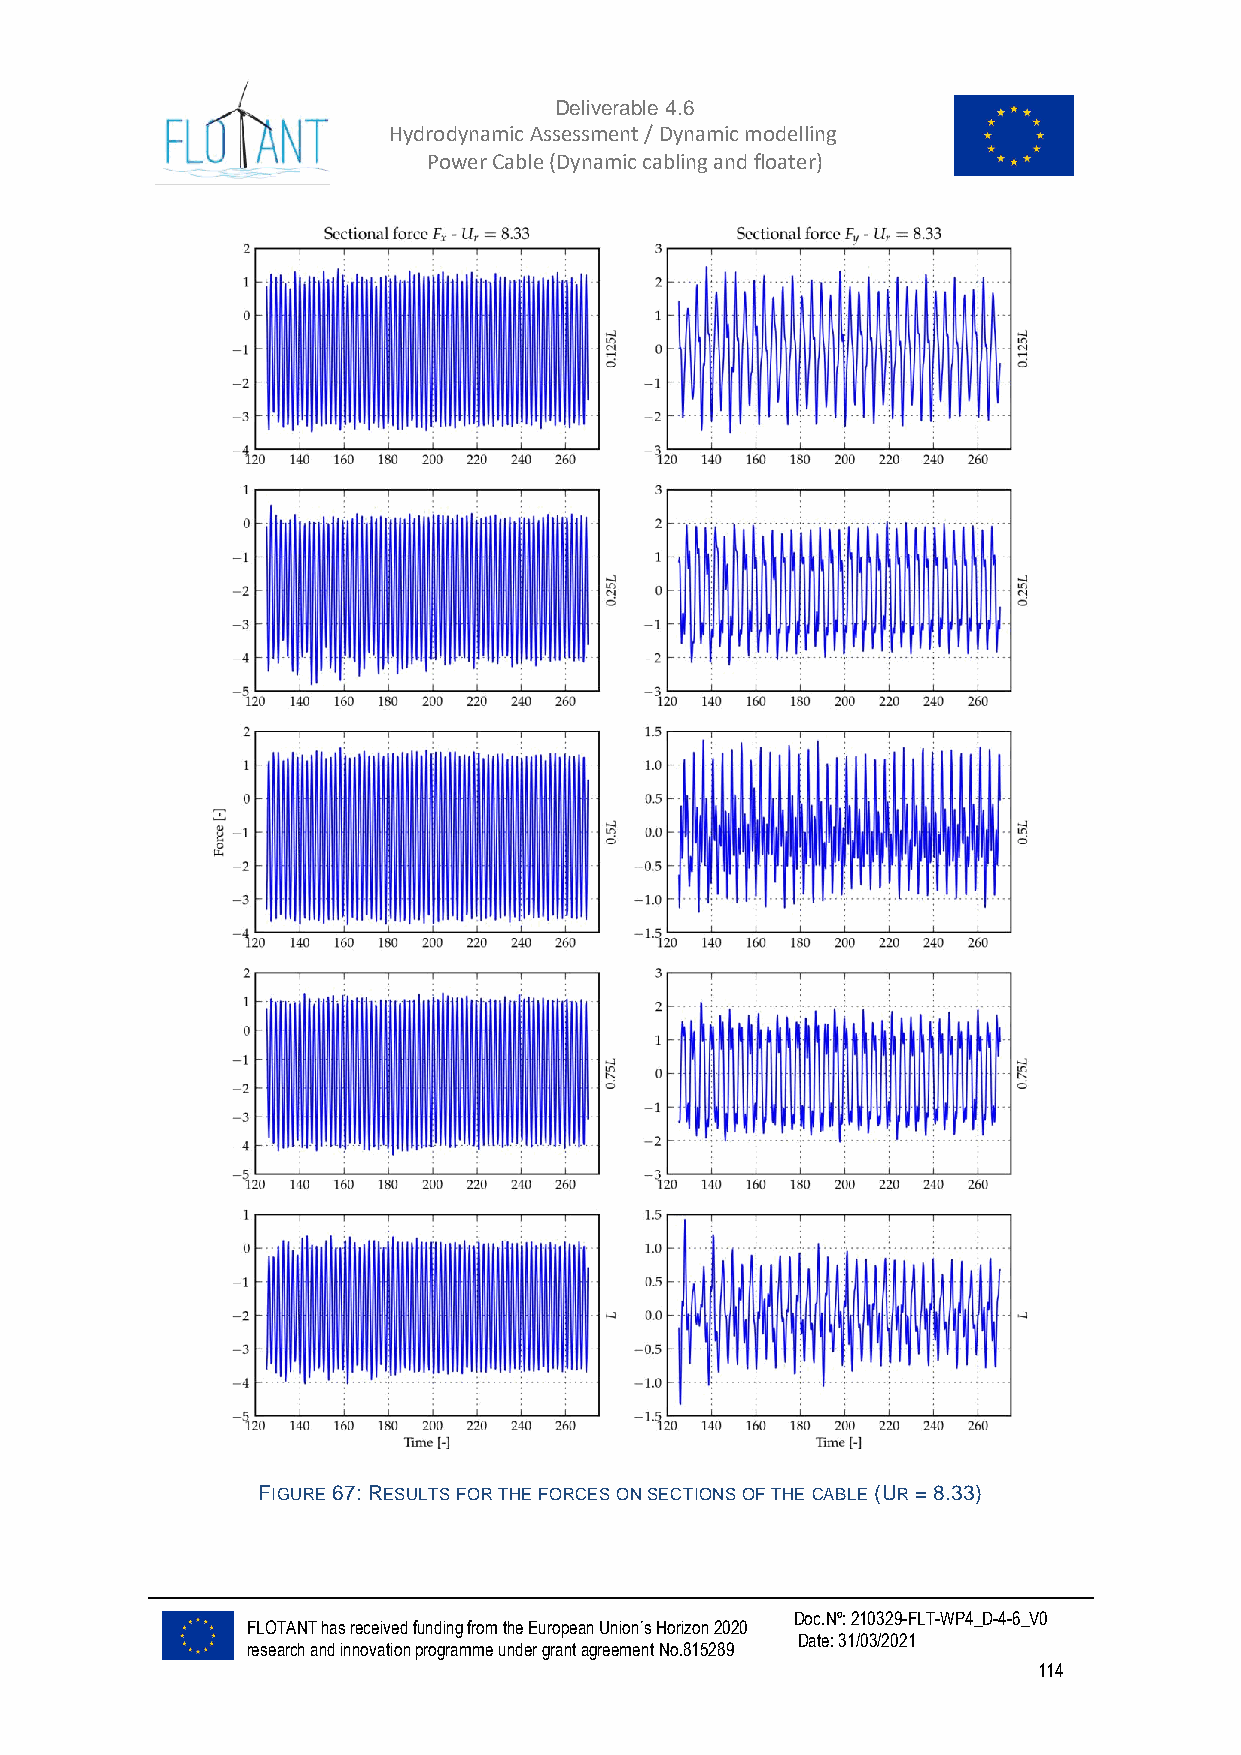
Deliverable 4.6
 Hydrodynamic Assessment / Dynamic modelling of
 Power Cable (Dynamic cabling and floater)
 FIGURE 67: RESULTS FOR THE FORCES ON SECTIONS OF THE CABLE (UR = 8.33)
 Doc.Nº: 210329-FLT-WP4_D-4-6_V0
 FLOTANT has received funding from the European Union´s Horizon 2020
 Date: 31/03/2021
 research and innovation programme under grant agreement No.815289
 114